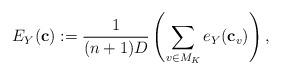
LaTeX: \begin{align*}E_Y({\bf c}):=\frac{1}{(n+1)D}\left (\sum_{v\in M_K}e_Y({\bf c}_v)\right),\end{align*}